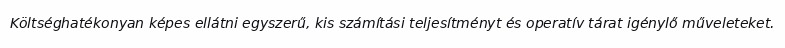
Költséghatékonyan képes ellátni egyszerű, kis számítási teljesítményt és operatív tárat igénylő műveleteket.